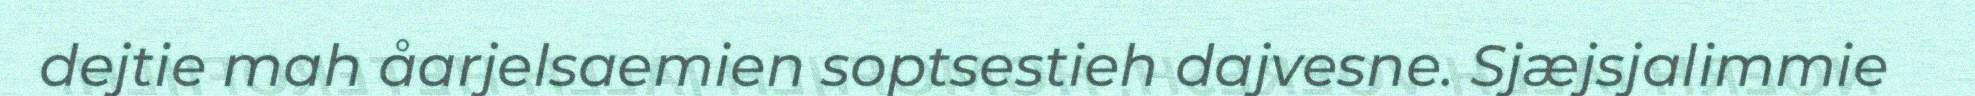
dejtie mah åarjelsaemien soptsestieh dajvesne. Sjæjsjalimmie